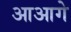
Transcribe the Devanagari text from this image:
आआगे